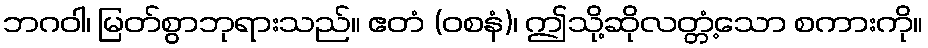
ဘဂဝါ၊ မြတ်စွာဘုရားသည်။ ဧတံ (ဝစနံ)၊ ဤသို့ဆိုလတ္တံ့သော စကားကို။